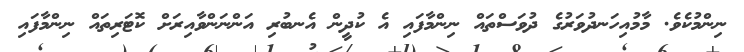
ނިންމުކެވެ. މާމުއިހަނދުވަރުގެ ދުވަސްތައް ނިންމާފައި އެ ކުދީން އެނބުރި އަންނަންވާއިރަށް ކޮޓަރިތައް ނިންމާފައި